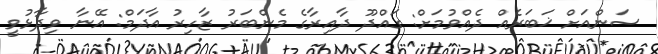
ސަންއަށް ޚަބަރެއް ދެއްވުމަށް: ގައްދޫ ދާއިރާގެ މެންބަރު ޒާހިރު އާދަމް: އޭނާ ވިދާޅުވީ